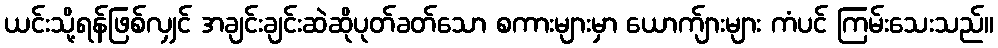
ယင်းသို့ရန်ဖြစ်လျှင် အချင်းချင်းဆဲဆိုပုတ်ခတ်သော စကားများမှာ ယောက်ျားများ ကံပင် ကြမ်းသေးသည်။